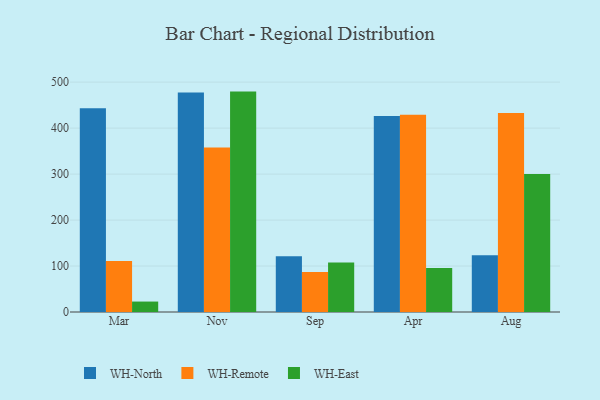
{"axis": {"x": "Month", "y": "Waste Production (Tons)"}, "legend": ["WH-East", "WH-North", "WH-Remote"], "data": [{"x": "Mar", "y": 443.1, "type": "WH-North"}, {"x": "Mar", "y": 111.1, "type": "WH-Remote"}, {"x": "Mar", "y": 22.7, "type": "WH-East"}, {"x": "Nov", "y": 477.4, "type": "WH-North"}, {"x": "Nov", "y": 357.6, "type": "WH-Remote"}, {"x": "Nov", "y": 479.4, "type": "WH-East"}, {"x": "Sep", "y": 121.3, "type": "WH-North"}, {"x": "Sep", "y": 86.8, "type": "WH-Remote"}, {"x": "Sep", "y": 107.9, "type": "WH-East"}, {"x": "Apr", "y": 426.1, "type": "WH-North"}, {"x": "Apr", "y": 429.1, "type": "WH-Remote"}, {"x": "Apr", "y": 95.6, "type": "WH-East"}, {"x": "Aug", "y": 123.2, "type": "WH-North"}, {"x": "Aug", "y": 432.9, "type": "WH-Remote"}, {"x": "Aug", "y": 300.2, "type": "WH-East"}]}